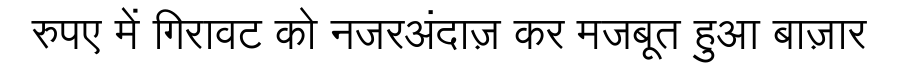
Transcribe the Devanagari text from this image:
रुपए में गिरावट को नजरअंदाज़ कर मजबूत हुआ बाज़ार